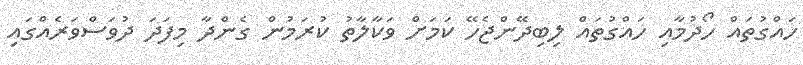
ހައްގުތައް ހޯދުމާއި ހައްގުތައް ލިބިދޭންޖެހޭ ކަމަށް ވަކާލާތު ކުރަމުން ގެންދާ މިފަދަ ދުވަސްވަރެއްގައި